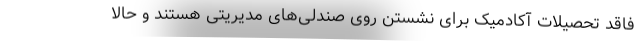
فاقد تحصیلات آکادمیک برای نشستن روی صندلی‌های مدیریتی هستند و حالا